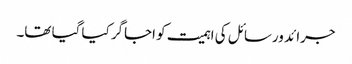
جرائد ورسائل کی اہمیت کو اجاگر کیا گیا تھا۔